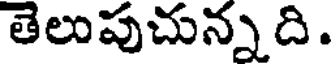
తెలుపుచున్నది.